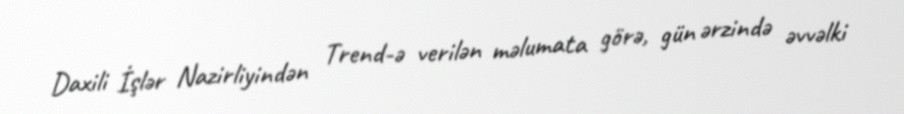
Daxili İşlər Nazirliyindən Trend-ə verilən məlumata görə, gün ərzində əvvəlki